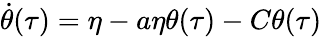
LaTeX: \dot{\theta}(\tau)=\eta-a\eta\theta(\tau)-C{\theta}(\tau)